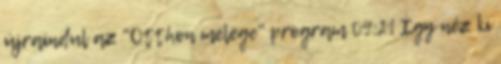
újraindul az "Otthon melege" program 09:21 Így néz ki